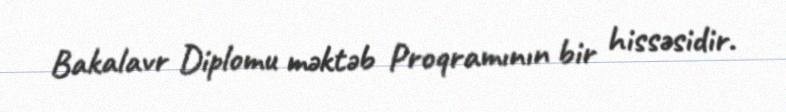
Bakalavr Diplomu məktəb Proqramının bir hissəsidir.